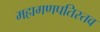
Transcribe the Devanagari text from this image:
महागणपतिस्तव